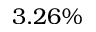
3 . 2 6 \%